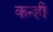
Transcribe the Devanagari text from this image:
कन्ही